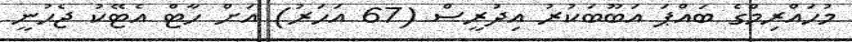
މުހައްރިމްގެ ބައްޕަ އަބޫބަކުރު އިދުރީސް (67 އަހަރު) އަށް ހާޓް އެޓޭކު ޖެހުނީ